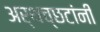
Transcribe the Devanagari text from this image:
अर्थच्‍छटांनी